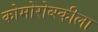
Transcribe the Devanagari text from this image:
कोमोरोव्स्कीला